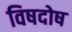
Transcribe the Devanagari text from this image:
विषदोष